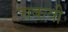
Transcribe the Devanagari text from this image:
चकवी